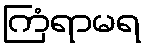
ကြံရာမရ